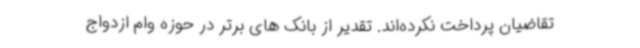
تقاضیان پرداخت نکرده‌اند. تقدیر از بانک های برتر در حوزه وام ازدواج